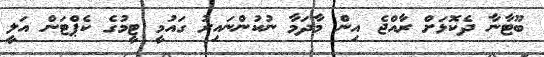
ބޫޓާނާ ދެކޮޅަށް ރާއްޖެ އިން މާދަމާ ނުކުންނައިރު ގައުމީ ޓީމުގެ ކެޕްޓަން އަލީ